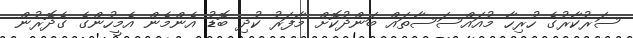
ސަރުކާރުގެ ހުރިހާ މުއައްސަސާތައް ބަންދުކޮށް މާފަރު ކުދި ބޮޑު އެންމެން އެމީހުންގެ ގެދޮރުން